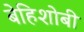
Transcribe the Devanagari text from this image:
बेहिशोबी